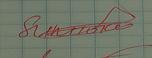
Signature authenticity: genuine